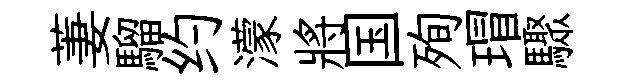
萋騮约濛將国殉瑁驟